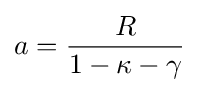
a={\frac {R}{1-\kappa -\gamma }}